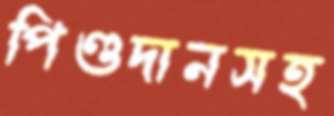
পিণ্ডদানসহ